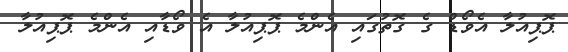
ޕޮޕިއުލާ އެވޯޑް ގެ ގޮތުގައި އެންމެ ޕޮޕިއުލާ އެ ވޯޑާއި އެންމެ ޕޮޕިއުލާ